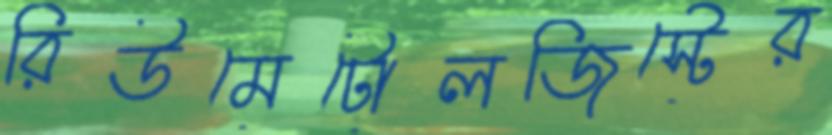
রিউমেটোলজিস্টের